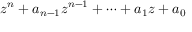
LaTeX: z ^ { n } + a _ { n - 1 } z ^ { n - 1 } + \cdots + a _ { 1 } z + a _ { 0 }